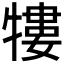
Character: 𤛠